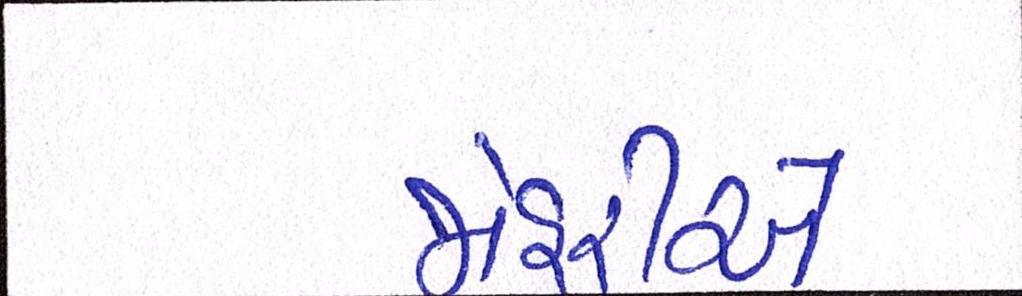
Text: જોહરીએ